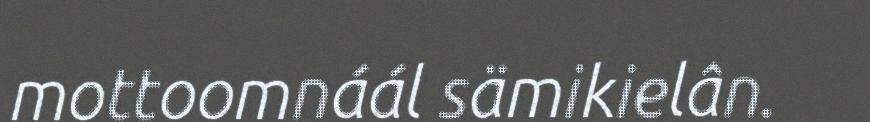
mottoomnáál sämikielân.